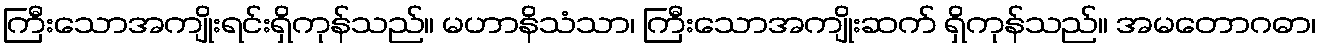
ကြီးသောအကျိုးရင်းရှိကုန်သည်။ မဟာနိသံသာ၊ ကြီးသောအကျိုးဆက် ရှိကုန်သည်။ အမတောဂဓာ၊